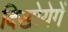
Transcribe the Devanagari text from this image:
दिखोयेगें